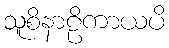
သူစိနာဠိကာယပိ